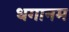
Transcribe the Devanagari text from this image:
धगानम